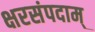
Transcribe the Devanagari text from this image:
क्षरसंपदाम्